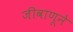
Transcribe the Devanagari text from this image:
जीवाणूने